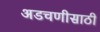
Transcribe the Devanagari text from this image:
अडचणीसाठी